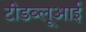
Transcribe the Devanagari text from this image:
टीडब्लूआई